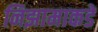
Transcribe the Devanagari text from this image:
निझामाकडे